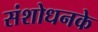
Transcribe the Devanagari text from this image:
संशोधनके